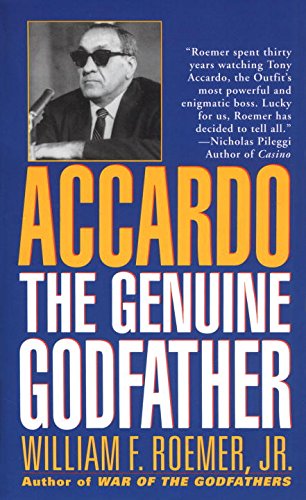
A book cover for Accardo: The Genuine Godfather; William F. Roemer Jr.; Biographies & Memoirs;